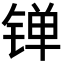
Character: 𬭙